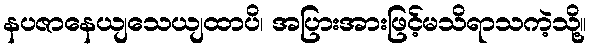
နပဇာနေယျသေယျထာပိ၊ အပြားအားဖြင့်မသိရာသကဲ့သို့။